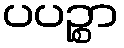
ပပဉ္စာ